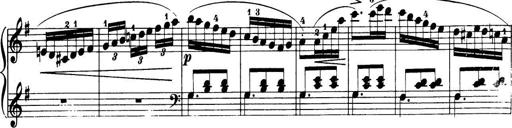
Title: 32 Sonatinas and Rondos for the Piano
Composer: Richard Kleinmichel